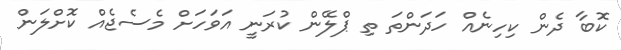
ކޮބާ ދެން ކިހިނެއް ހަދަންތަ ތި ޕްލޭން ކުރަނީ އަވަހަށް މެސެޖެއް ކޮށްލަން